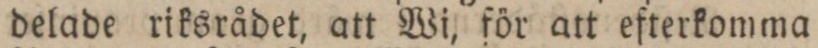
delade riksrådet, att Wi, för att efterkomma